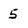
Character: 5